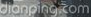
dianping.com